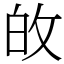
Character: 敀